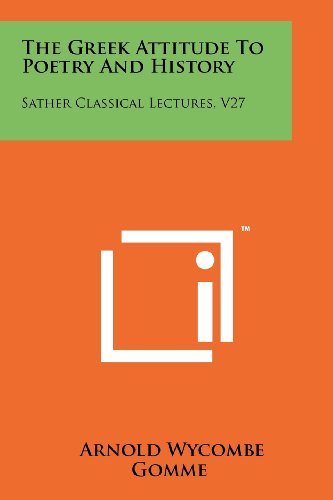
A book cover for The Greek Attitude To Poetry And History: Sather Classical Lectures, V27; Arnold Wycombe Gomme; Literature & Fiction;